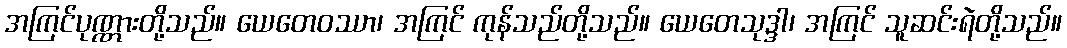
အကြင်ပုဏ္ဏားတို့သည်။ ယေတေဝဿာ၊ အကြင် ကုန်သည်တို့သည်။ ယေတေသုဒ္ဒါ၊ အကြင် သူဆင်းရဲတို့သည်။